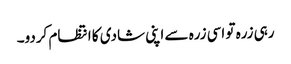
رہی زرہ تو اسی زرہ سے اپنی شادی کا انتظام کردو۔